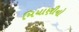
મિયાણીનો